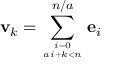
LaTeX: \mathbf { v } _ { k } = \sum _ { i = 0 \atop a i + k < n } ^ { n / a } \mathbf { e } _ { i }